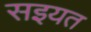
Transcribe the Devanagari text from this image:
सइयत